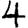
Digit: 4